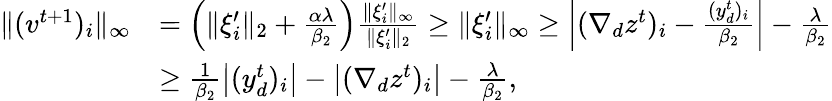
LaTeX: \begin{array}{rl}{\| (v^{t+1})_{i}\| _{\infty}}&{=\left(\| \xi_{i}^{\prime}\| _{2}+\frac{\alpha\lambda}{\beta_{2}}\right)\frac{\| \xi_{i}^{\prime}\| _{\infty}}{\| \xi_{i}^{\prime}\| _{2}}\geq\| \xi_{i}^{\prime}\| _{\infty}\geq\left|(\nabla_{d}z^{t})_{i}-\frac{(y_{d}^{t})_{i}}{\beta_{2}}\right|-\frac{\lambda}{\beta_{2}}}\\ &{\geq\frac{1}{\beta_{2}}\left|(y_{d}^{t})_{i}\right|-\left|(\nabla_{d}z^{t})_{i}\right|-\frac{\lambda}{\beta_{2}},}\end{array}